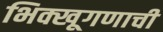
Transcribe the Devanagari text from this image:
भिक्खूगणाची